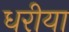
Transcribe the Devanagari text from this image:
धरीया